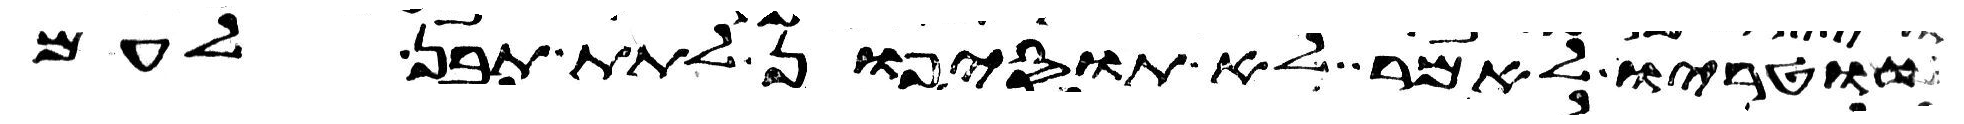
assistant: שוטריו לאמר לא תוסיפון לתת תבן לעם